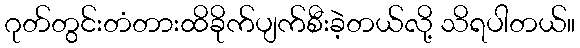
ဂုတ်တွင်းတံတားထိခိုက်ပျက်စီးခဲ့တယ်လို့ သိရပါတယ်။